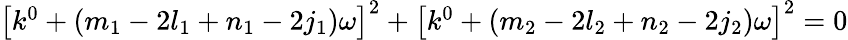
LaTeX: \begin{array}{r}{\left[k^{0}+(m_{1}-2l_{1}+n_{1}-2j_{1})\omega\right]^{2}+\left[k^{0}+(m_{2}-2l_{2}+n_{2}-2j_{2})\omega\right]^{2}=0}\end{array}